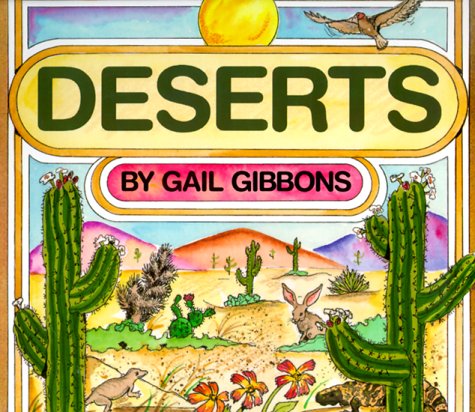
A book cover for Deserts; Gail Gibbons; Children's Books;